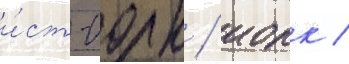
и́ст-иорк / иорк /